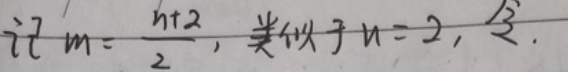
记$\ m = \frac{n + 2}{2}, $类似于$n = 2, 3.$